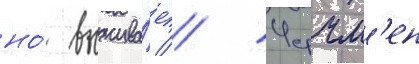
но́ выжива́ет // Черчм'ен